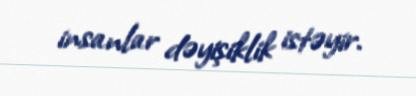
insanlar dəyişiklik istəyir.